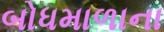
બોધમાળાના